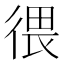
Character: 𪫑